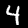
Digit: 4